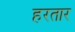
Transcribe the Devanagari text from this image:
हरतार